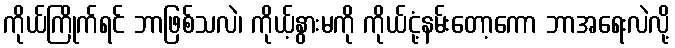
ကိုယ်ကြိုက်ရင် ဘာဖြစ်သလဲ၊ ကိုယ့်နွားမကို ကိုယ်ငုံ့နမ်းတော့ကော ဘာအရေးလဲလို့